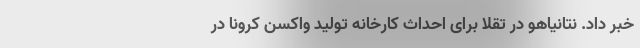
خبر داد. نتانیاهو در تقلا برای احداث کارخانه تولید واکسن کرونا در